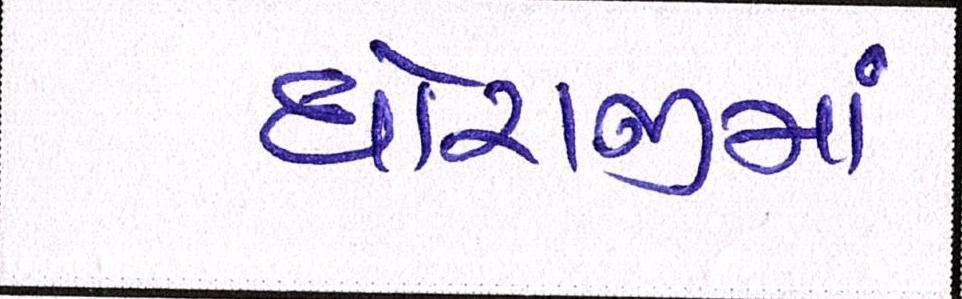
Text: ધોરાજીમાં